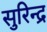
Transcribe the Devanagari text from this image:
सुरिन्द्र